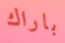
باراك